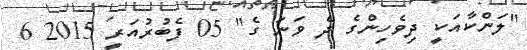
"ލަންކާއަކީ ދިވެހިންގެ ދެ ވަނަ ގެ" 05 ފެބުރުއަރީ 2015 6